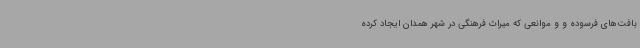
بافت‌های فرسوده و و موانعی که میراث فرهنگی در شهر همدان ایجاد کرده